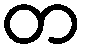
တ